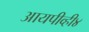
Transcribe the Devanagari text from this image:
आयपीव्ही४